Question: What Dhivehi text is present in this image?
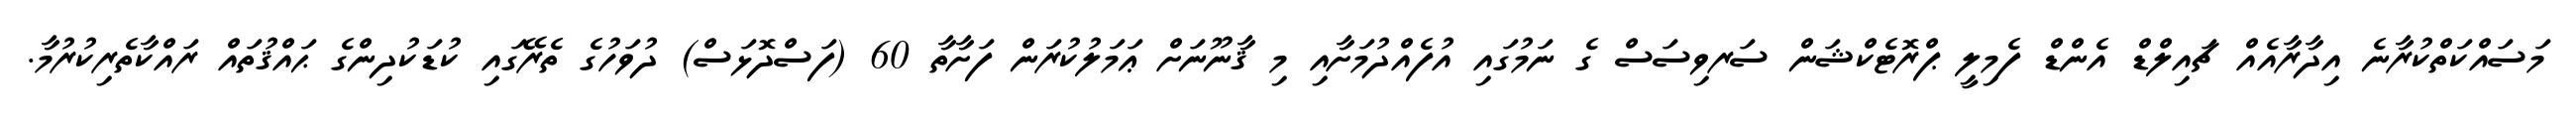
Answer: މަސައްކަތްކުރާނެ އިދާރާއެއް ޗައިލްޑް އެންޑް ފެމިލީ ޕްރޮޓެކްޝަން ސަރވިސަސް ގެ ނަމުގައި އުފެއްދުމަށާއި މި ޤާނޫނަށް ޢަމަލުކުރަން ފަށާތާ 60 (ފަސްދޮޅަސް) ދުވަހުގެ ތެރޭގައި ކުޑަކުދިންގެ ޙައްޤުތައް ރައްކާތެރިކުރުމާ.